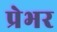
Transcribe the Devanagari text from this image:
प्रेभर